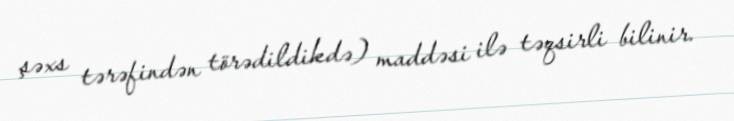
şəxs tərəfindən törədildikdə) maddəsi ilə təqsirli bilinir.